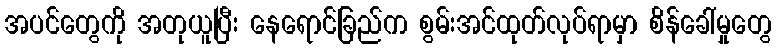
အပင်တွေကို အတုယူပြီး နေရောင်ခြည်က စွမ်းအင်ထုတ်လုပ်ရာမှာ စိန်ခေါ်မှုတွေ